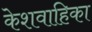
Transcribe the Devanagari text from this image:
केशवाहिका